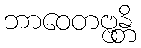
ဘာဝေတဗ္ဗန္တိ